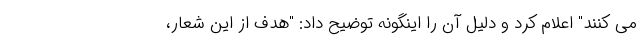
می کنند" اعلام کرد و دلیل آن را اینگونه توضیح داد: "هدف از این شعار،